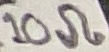
Text: 10Ω